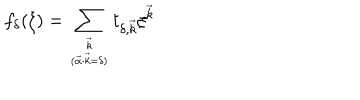
LaTeX: f _ { \delta } ( \xi ) = \sum _ { { \vec { k } } \atop { ( \vec { \alpha } \cdot \vec { k } = \delta ) } } t _ { \delta , \vec { k } } \xi ^ { \vec { k } }